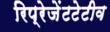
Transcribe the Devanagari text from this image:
रिप्रेजेंटटेटीव